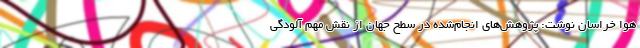
هوا خراسان نوشت: پژوهش‌های انجام‌شده در سطح جهان از نقش مهم آلودگی